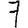
Digit: 7